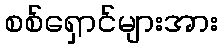
စစ်ရှောင်များအား